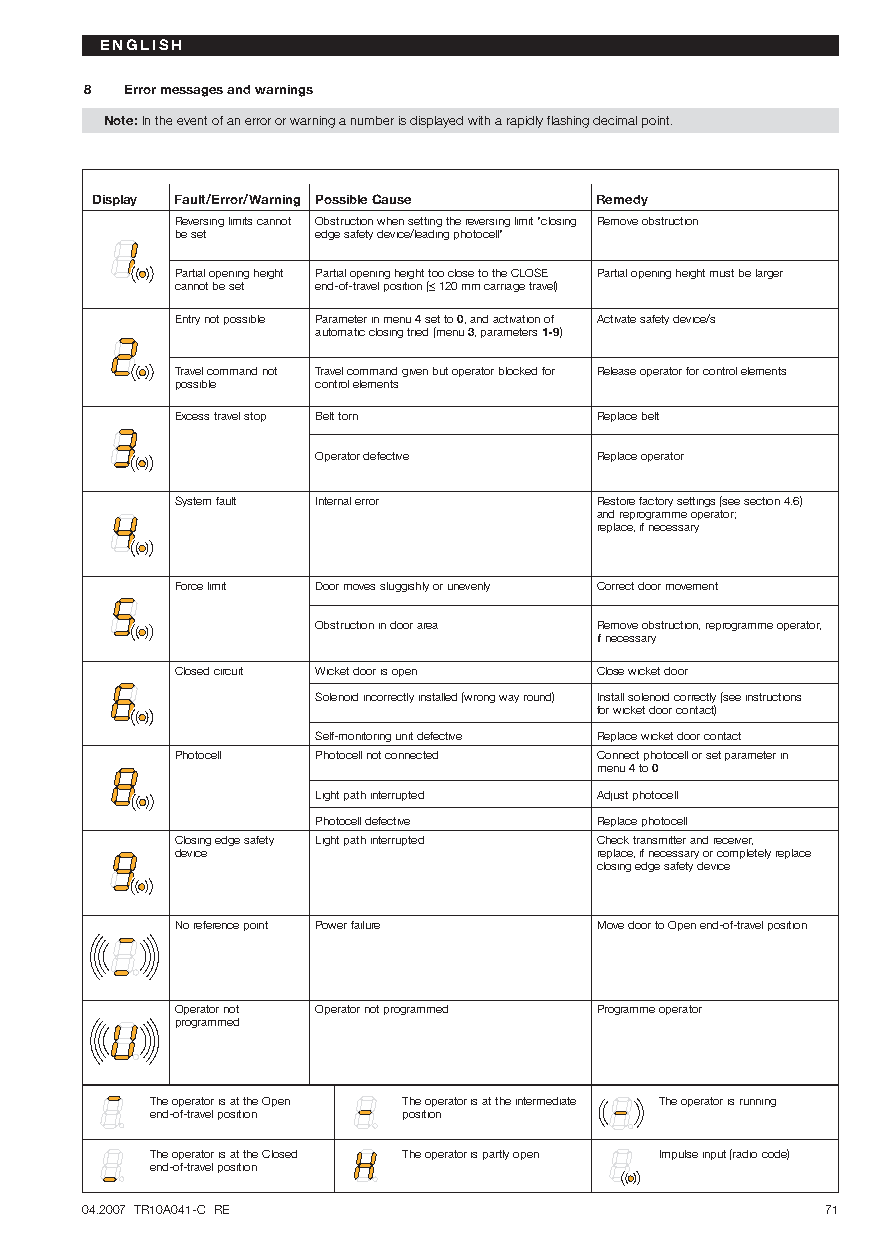
ENGLISH
 8 Error messages and warnings
 Note:In the event of an error or warning a number is displayed with a rapidly flashing decimal point.
 Display Fault/Error/Warning Possible Cause Remedy
 Reversing limits cannot Obstruction when setting the reversing limit "closing Remove obstruction
 be set   edge safety device/leading photocell"
 Partial opening height Partial opening height too close to the CLOSE Partial opening height must be larger
 cannot be set end-of-travel position (≤120 mm carriage travel)
 Entry not possible Parameter in menu 4set to 0, and activation of Activate safety device/s
 automatic closing tried (menu 3, parameters 1-9)
 Travel command not Travel command given but operator blocked for Release operator for control elements
 possible control elements
 Excess travel stop Belt torn Replace belt
 Operator defective Replace operator
 System fault Internal error Restore factory settings (see section 4.6)
 and reprogramme operator;
 replace, if necessary
 Force limit Door moves sluggishly or unevenly Correct door movement
 Obstruction in door area Remove obstruction, reprogramme operator,
 if necessary
 Closed circuit Wicket door is open Close wicket door
 Solenoid incorrectly installed (wrong way round) Install solenoid correctly (see instructions
 for wicket door contact)
 Self-monitoring unit defective Replace wicket door contact
 Photocell Photocell not connected Connect photocell or set parameter in
 menu 4to0
 Light path interrupted Adjust photocell
 Photocell defective Replace photocell
 Closing edge safety Light path interrupted Check transmitter and receiver,
 device                     replace, if necessary or completely replace
 closing edge safety device
 No reference point Power failure Move door to Open end-of-travel position
 Operator not Operator not programmed Programme operator
 programmed
 The operator is at the Open The operator is at the intermediate The operator is running
 end-of-travel position position
 The operator is at the Closed The operator is partly open Impulse input (radio code)
 end-of-travel position
 04.2007 TR10A041-C RE                             71